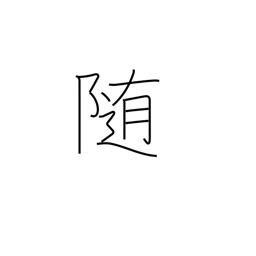
Meaning: submit to